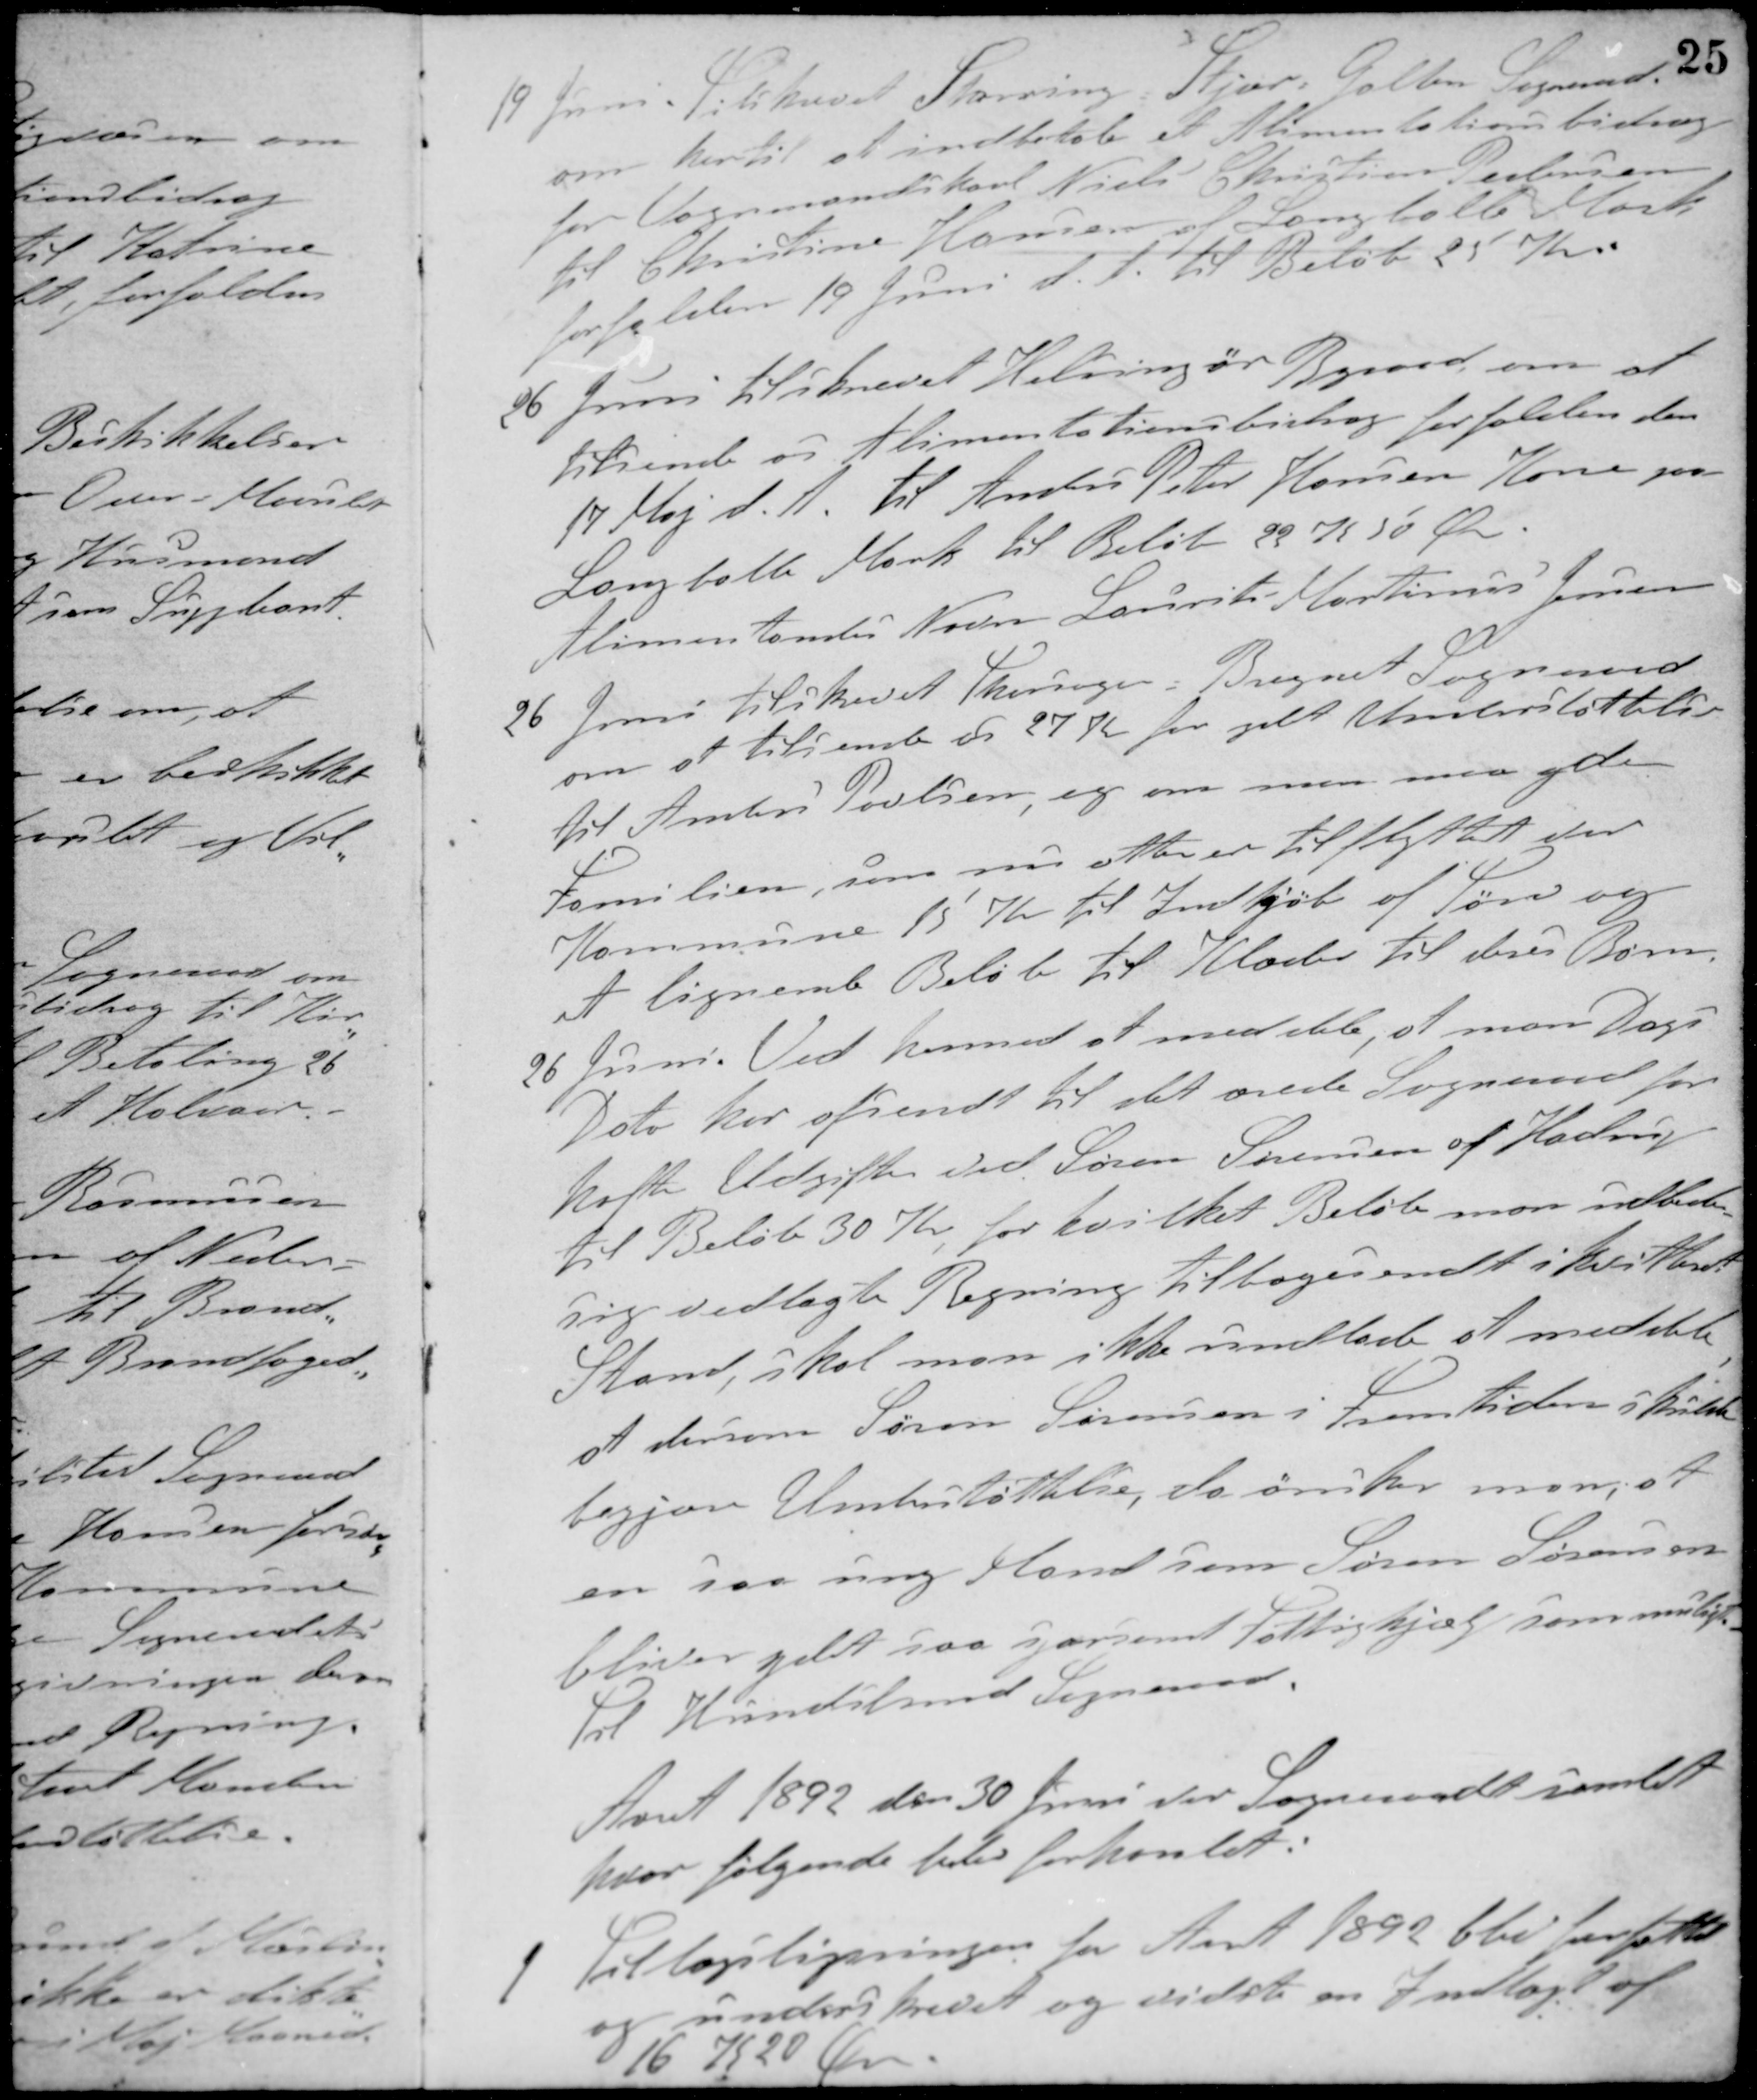
Transskription:
19 Juni Tilskrevet Storring-Stjær-Galten Sogneraad
om hertil at indbetale et Alimentationsbidrag
for Vognmandskarl Niels Christian Pedersen
til Christine Hansen af Langballe Mark
forfalden 19 Juni d. A. til Beløb 25 Kr.
26 Juni tilskrevet Helsingør Byraad om at
tilsende os Alimentationsbidrag forfalden den
17 Maj d. A. til Anders Peter Hansen Kone paa
Langballe Mark til Beløb 22 K. 50 Øre.
Alimentandes Navn Laurits Martinus Jensen
26 Juni tilskrevet Thorsager-Bregnet Sogneraad
om at tilsendte os 27 Kr. for ydet Understøttelse
til Anders Poulsen, og om man maa yde
Familien, som nu atter er tilflyttet vor
Kommune 15 Kr. til Indkjøb af Tørv og
et lignende Beløb til Klæder til deres Børn.
26 Juni. Ved herved at meddele, at man Dags
Dato har afsendt til det ærede Sogneraad for
hafte Udgifter ved Søren Sørensen af Hadrup
til Beløb 30 Kr., for hvilket Beløb man udbeder
sig vedlagte Regning tilbagesendt i Kvitteret
Stand, skal man ikke undlade at meddele
at dersom Søren Sørensen i fremtiden i skulde
begjære Understøttelse, da ønsker man, at
en saa ung Mand som Søren Sørensen
bliver ydet saa sparsomt Fattighjælp som muligt
Til Hundslund Sogneraad.
Aaret 1892 den 30 Juni var Sogneraadet samlet
hvor følgende blev forhandlet:
1 Tillægsligningen for Aaret 1892 blev forfattet
og underskrevet og vidste en Indtægt af
16 K. 20 Øre.